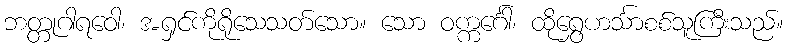
ဘတ္တုဂါရဝေါ၊ အရှင်ကိုရိုသေသတ်သော။ သော ဝက္ကင်္ဂေါ၊ ထိုရွှေဟင်္သာစစ်သူကြီးသည်။